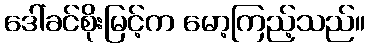
ဒေါ်ခင်စိုးမြင့်က မော့ကြည့်သည်။